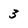
Character: 3